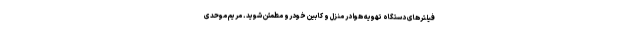
فیلترهای دستگاه تهویه هوا در منزل و کابین خودرو مطمئن شوید. مریم موحدی